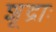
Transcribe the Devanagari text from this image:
शूद्राः